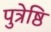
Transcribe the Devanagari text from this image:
पुत्रेष्ठि